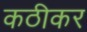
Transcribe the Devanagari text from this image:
कठीकर